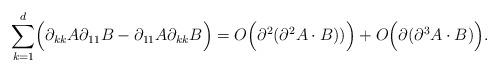
LaTeX: \begin{align*}\sum_{k=1}^d \Bigl( \partial_{kk} A \partial_{11} B- \partial_{11} A \partial_{kk} B \Bigr) = O \Bigl( \partial^2( \partial^2 A\cdot B) ) \Bigr)+ O \Bigl( \partial ( \partial^3 A \cdot B ) \Bigr).\end{align*}